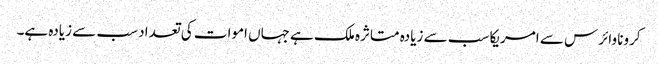
کرونا وائرس سے امریکا سب سے زیادہ متاثرہ ملک ہے جہاں اموات کی تعداد سب سے زیادہ ہے۔